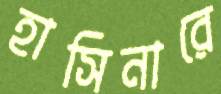
হাসিনারে